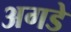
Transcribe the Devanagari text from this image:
अगडे